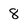
Character: 8